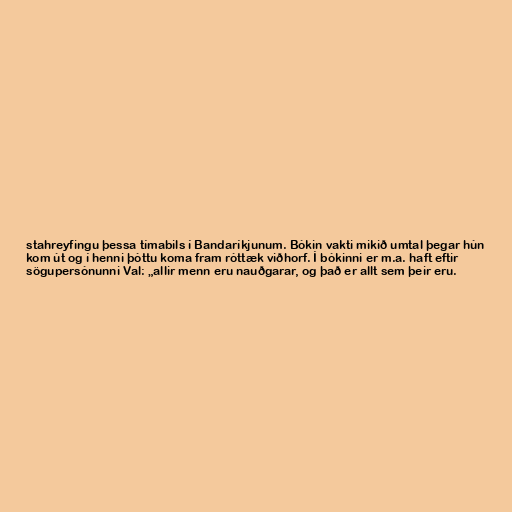
stahreyfingu þessa tímabils í Bandaríkjunum. Bókin vakti mikið umtal þegar hún
kom út og í henni þóttu koma fram róttæk viðhorf. Í bókinni er m.a. haft eftir
sögupersónunni Val: „allir menn eru nauðgarar, og það er allt sem þeir eru.